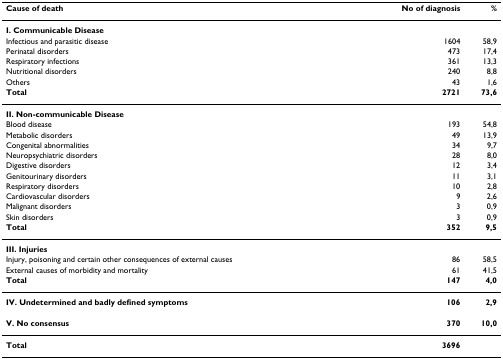
<table><thead><tr><td><b>Cause of death</b></td><td><b>No of diagnosis</b></td><td><b>%</b></td></tr></thead><tbody><tr><td><b>I. Communicable Disease</b></td><td></td><td></td></tr><tr><td>Infectious and parasitic disease</td><td>1604</td><td>58,9</td></tr><tr><td>Perinatal disorders</td><td>473</td><td>17,4</td></tr><tr><td>Respiratory infections</td><td>361</td><td>13,3</td></tr><tr><td>Nutritional disorders</td><td>240</td><td>8,8</td></tr><tr><td>Others</td><td>43</td><td>1,6</td></tr><tr><td><b>Total</b></td><td><b>2721</b></td><td><b>73,6</b></td></tr><tr><td><b>II. Non-communicable Disease</b></td><td></td><td></td></tr><tr><td>Blood disease</td><td>193</td><td>54,8</td></tr><tr><td>Metabolic disorders</td><td>49</td><td>13,9</td></tr><tr><td>Congenital abnormalities</td><td>34</td><td>9,7</td></tr><tr><td>Neuropsychiatric disorders</td><td>28</td><td>8,0</td></tr><tr><td>Digestive disorders</td><td>12</td><td>3,4</td></tr><tr><td>Genitourinary disorders</td><td>11</td><td>3,1</td></tr><tr><td>Respiratory disorders</td><td>10</td><td>2,8</td></tr><tr><td>Cardiovascular disorders</td><td>9</td><td>2,6</td></tr><tr><td>Malignant disorders</td><td>3</td><td>0,9</td></tr><tr><td>Skin disorders</td><td>3</td><td>0,9</td></tr><tr><td><b>Total</b></td><td><b>352</b></td><td><b>9,5</b></td></tr><tr><td><b>III. Injuries</b></td><td></td><td></td></tr><tr><td>Injury, poisoning and certain other consequences of external causes</td><td>86</td><td>58,5</td></tr><tr><td>External causes of morbidity and mortality</td><td>61</td><td>41,5</td></tr><tr><td><b>Total</b></td><td><b>147</b></td><td><b>4,0</b></td></tr><tr><td><b>IV. Undetermined and badly defined symptoms</b></td><td><b>106</b></td><td><b>2,9</b></td></tr><tr><td><b>V. No consensus</b></td><td><b>370</b></td><td><b>10,0</b></td></tr><tr><td><b>Total</b></td><td><b>3696</b></td><td></td></tr></tbody></table>